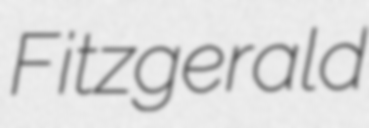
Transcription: Fitzgerald